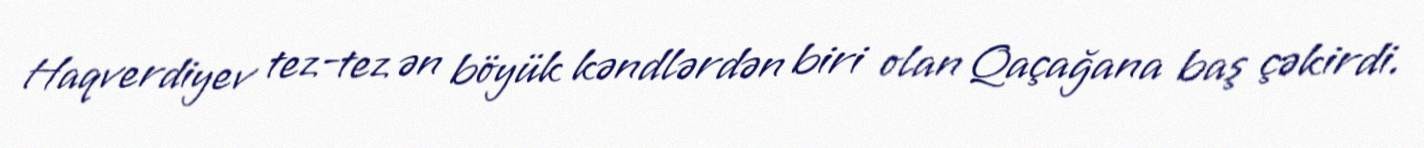
Haqverdiyev tez-tez ən böyük kəndlərdən biri olan Qaçağana baş çəkirdi.